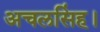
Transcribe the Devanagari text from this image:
अचलसिंह।